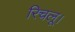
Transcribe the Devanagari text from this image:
रिचलू।